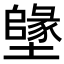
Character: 𡒰